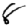
Digit: 8